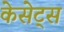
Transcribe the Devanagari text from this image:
केसेट्स